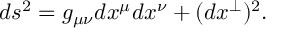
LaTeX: d s ^ { 2 } = g _ { \mu \nu } d x ^ { \mu } d x ^ { \nu } + ( d x ^ { \perp } ) ^ { 2 } .